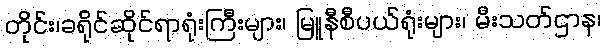
တိုင်း၊ခရိုင်ဆိုင်ရာရုံးကြီးများ၊ မြူနီစီပယ်ရုံးများ၊ မီးသတ်ဌာန၊